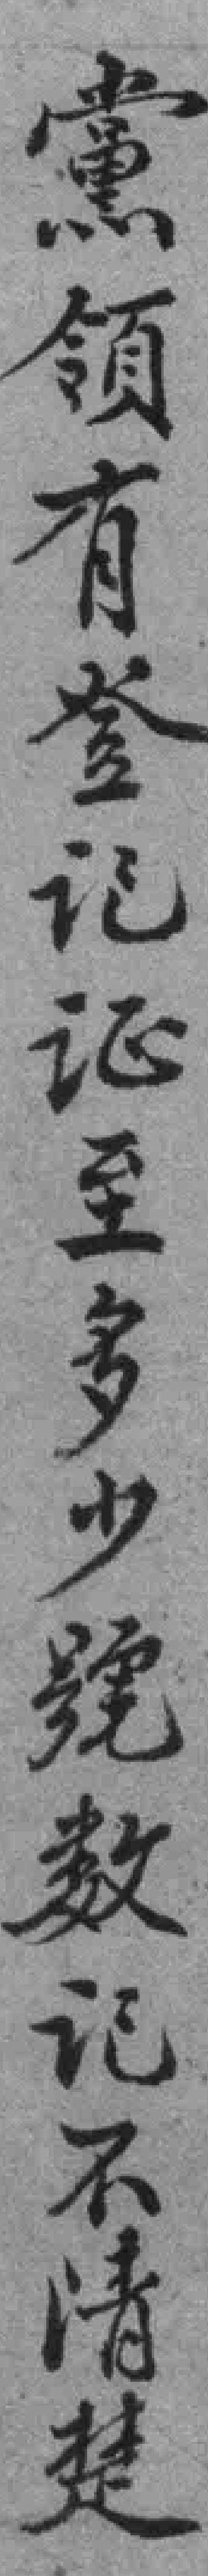
黨領有登记证至多少號数记不清楚